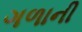
ગળાની